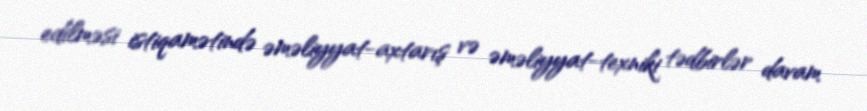
edilməsi istiqamətində əməliyyat-axtarış və əməliyyat-texniki tədbirlər davam